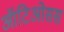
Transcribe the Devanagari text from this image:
ऑटिओसस